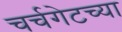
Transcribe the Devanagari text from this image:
चर्चगेटच्या